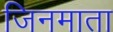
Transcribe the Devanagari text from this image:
जिनमाता